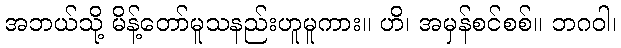
အဘယ်သို့ မိန့်တော်မူသနည်းဟူမူကား။ ဟိ၊ အမှန်စင်စစ်။ ဘဂဝါ၊